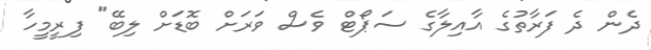
ދެން ދެ ފަރާތުގެ އާއިލާގެ ސަޕޯޓް ވެސް ވަރަށް ބޮޑަށް ލިބޭ" ފިރީމީހާ